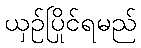
ယှဉ်ပြိုင်ရမည်